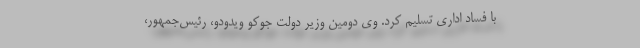
با فساد اداری تسلیم کرد. وی دومین وزیر دولت جوکو ویدودو، رئیس‌جمهور،